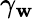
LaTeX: \gamma_{\mathbf{w}}